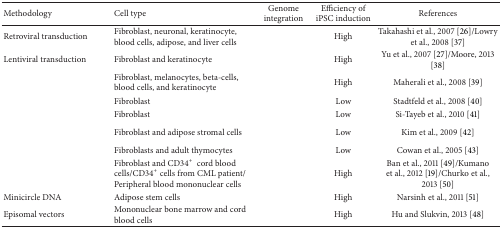
<table><thead><tr><td><b>Methodology</b></td><td><b>Cell type</b></td><td><b>Genome integration</b></td><td><b>Efficiency of iPSC induction</b></td><td><b>References</b></td></tr></thead><tbody><tr><td>Retroviral transduction</td><td>Fibroblast, neuronal, keratinocyte, blood cells, adipose, and liver cells</td><td>[EMPTY_CELL]</td><td>High</td><td>Takahashi et al., 2007 [26]/Lowry et al., 2008 [37]</td></tr><tr><td>Lentiviral transduction</td><td>Fibroblast and keratinocyte</td><td>[EMPTY_CELL]</td><td>High</td><td>Yu et al., 2007 [27]/Moore, 2013 [38]</td></tr><tr><td>[EMPTY_CELL]</td><td>Fibroblast, melanocytes, beta-cells, blood cells, and keratinocyte</td><td>[EMPTY_CELL]</td><td>High</td><td>Maherali et al., 2008 [39]</td></tr><tr><td>[EMPTY_CELL]</td><td>Fibroblast</td><td>[EMPTY_CELL]</td><td>Low</td><td>Stadtfeld et al., 2008 [40]</td></tr><tr><td>[EMPTY_CELL]</td><td>Fibroblast</td><td>[EMPTY_CELL]</td><td>Low</td><td>Si-Tayeb et al., 2010 [41]</td></tr><tr><td>[EMPTY_CELL]</td><td>Fibroblast and adipose stromal cells</td><td>[EMPTY_CELL]</td><td>Low</td><td>Kim et al., 2009 [42]</td></tr><tr><td>[EMPTY_CELL]</td><td>Fibroblasts and adult thymocytes</td><td>[EMPTY_CELL]</td><td>Low</td><td>Cowan et al., 2005 [43]</td></tr><tr><td>[EMPTY_CELL]</td><td>Fibroblast and CD34<sup>+</sup> cord blood cells/CD34<sup>+</sup> cells from CML patient/Peripheral blood mononuclear cells</td><td>[EMPTY_CELL]</td><td>High</td><td>Ban et al., 2011 [49]/Kumano et al., 2012 [19]/Churko et al., 2013 [50] </td></tr><tr><td>Minicircle DNA</td><td>Adipose stem cells</td><td>[EMPTY_CELL]</td><td>High</td><td>Narsinh et al., 2011 [51]</td></tr><tr><td>Episomal vectors</td><td>Mononuclear bone marrow and cord blood cells</td><td>[EMPTY_CELL]</td><td>High</td><td>Hu and Slukvin, 2013 [48]</td></tr></tbody></table>